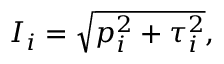
I _ { i } = \sqrt { p _ { i } ^ { 2 } + \tau _ { i } ^ { 2 } } ,